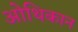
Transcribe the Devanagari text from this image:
ओथिकान